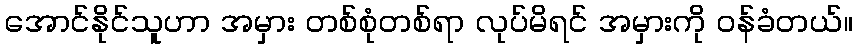
အောင်နိုင်သူဟာ အမှား တစ်စုံတစ်ရာ လုပ်မိရင် အမှားကို ဝန်ခံတယ်။